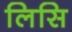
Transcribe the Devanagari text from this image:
लिसि